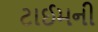
ટાઈમની